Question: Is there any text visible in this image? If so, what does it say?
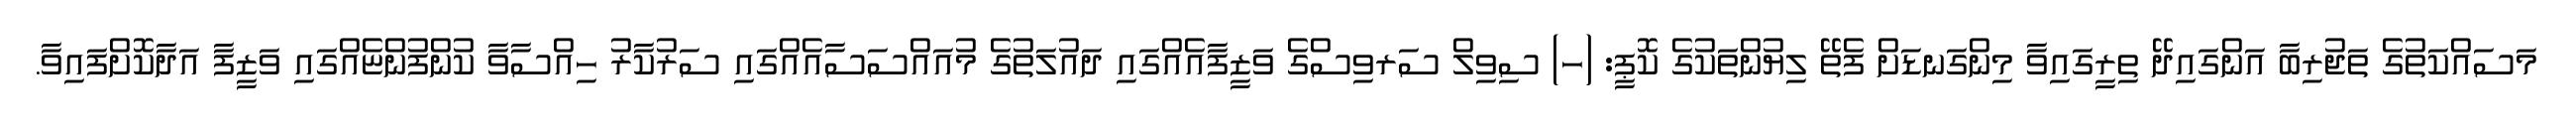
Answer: މަސައްކަތުގެ ތަޖުރިބާ އަންގައިދޭ ތިރީގައިވާ މިންގަނޑަށް ފެތޭ ލިޔުންތަކުގެ ކޮޕީ: (ހ) ސިވިލް ސަރވިސްގެ ވަޒީފާއެއްގައި ދައުލަތުގެ މުއައްސަސާއެއްގައި ސަރުކާރު ހިއްސާވާ ކުންފުންޏެއްގައި ވަޒީފާ އަދާކޮށްފައިވާ.